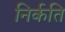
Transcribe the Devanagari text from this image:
निर्कति